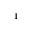
^ 1